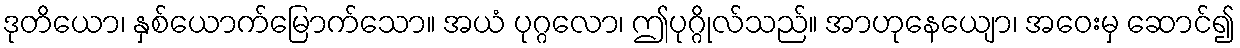
ဒုတိယော၊ နှစ်ယောက်မြောက်သော။ အယံ ပုဂ္ဂလော၊ ဤပုဂ္ဂိုလ်သည်။ အာဟုနေယျော၊ အဝေးမှ ဆောင်၍